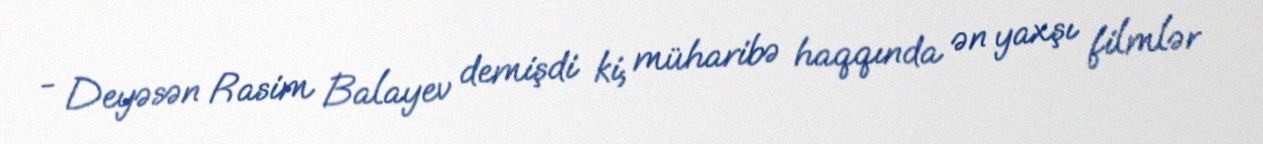
- Deyəsən Rasim Balayev demişdi ki, müharibə haqqında ən yaxşı filmlər